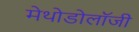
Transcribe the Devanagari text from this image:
मेथोडोलॉजी